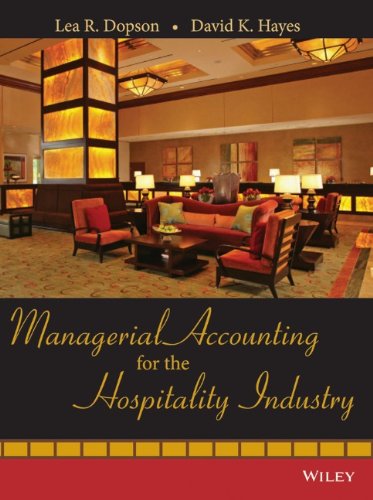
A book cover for Managerial Accounting for the Hospitality Industry; Lea R. Dopson; Business & Money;